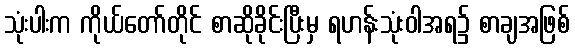
သုံးပါးက ကိုယ်တော်တိုင် စာဆိုခိုင်းပြီးမှ ရဟန်းသုံးဝါအရ၌ စာချအဖြစ်